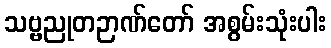
သဗ္ဗညုတဉာဏ်တော် အစွမ်းသုံးပါး